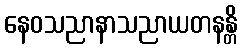
နေဝသညာနာသညာယတနန္တိ